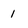
Character: 1